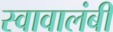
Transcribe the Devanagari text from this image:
स्वावालंबी